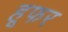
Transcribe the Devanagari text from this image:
हूफर